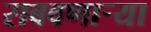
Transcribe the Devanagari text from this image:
राबवणाऱ्या